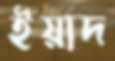
ইয়াদ